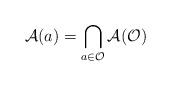
LaTeX: \begin{align*}\mathcal{A}(a)=\bigcap_{a\in \mathcal{O}}\mathcal{A}(\mathcal{O})\end{align*}